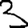
Digit: 3